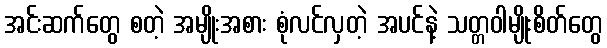
အင်းဆက်တွေ စတဲ့ အမျိုးအစား စုံလင်လှတဲ့ အပင်နဲ့ သတ္တဝါမျိုးစိတ်တွေ